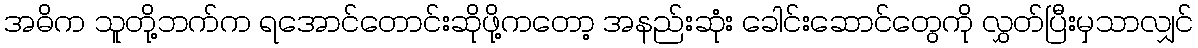
အဓိက သူတို့ဘက်က ရအောင်တောင်းဆိုဖို့ကတော့ အနည်းဆုံး ခေါင်းဆောင်တွေကို လွှတ်ပြီးမှသာလျှင်